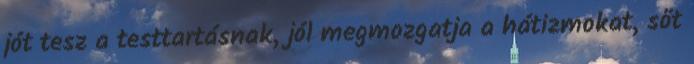
jót tesz a testtartásnak, jól megmozgatja a hátizmokat, sőt